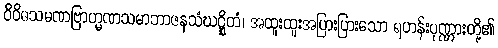
ဝိဝိဓသမဏဗြာဟ္မဏသမာဘာဇနသံဃဋ္ဋိတံ၊ အထူးထူးအပြားပြားသော ရဟန်းပုဏ္ဏားတို့၏